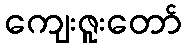
ကျေးဇူးတော်